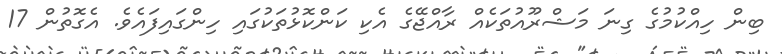
ބިން ހިއްކުމުގެ ގިނަ މަޝްރޫއުތަކެއް ރާއްޖޭގެ އެކި ކަންކޮޅުތަކުގައި ހިންގައިފައެވެ. އެގޮތުން 17